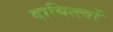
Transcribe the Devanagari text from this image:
दायित्त्वों